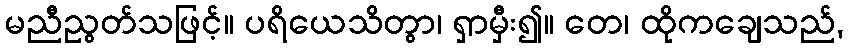
မညီညွတ်သဖြင့်။ ပရိယေသိတွာ၊ ရှာမှီး၍။ တေ၊ ထိုကချေသည်,